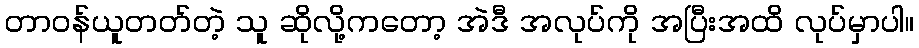
တာဝန်ယူတတ်တဲ့ သူ ဆိုလို့ကတော့ အဲဒီ အလုပ်ကို အပြီးအထိ လုပ်မှာပါ။